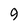
Character: 9